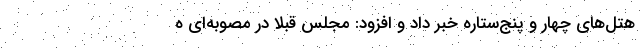
هتل‌های چهار و پنج‌ستاره خبر داد و افزود: مجلس قبلا در مصوبه‌ای ه